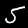
Label: 5